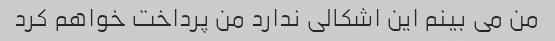
من می بینم این اشکالی ندارد من پرداخت خواهم کرد